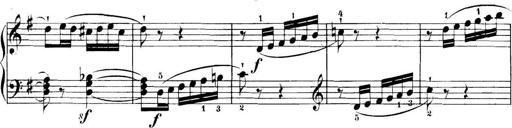
Title: 11 Sonatinas
Composer: Anton Diabelli